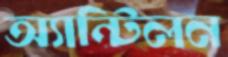
অ্যান্টিলন